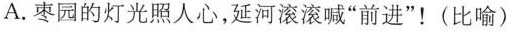
A.枣园的灯光照人心，延河滚滚喊”前进”！(比喻)